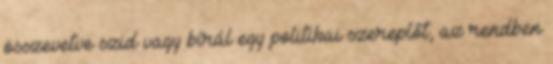
összevetve szid vagy bírál egy politikai szereplőt, az rendben